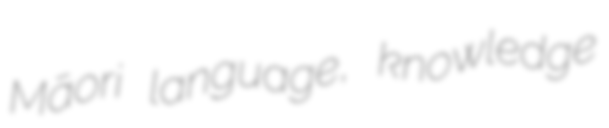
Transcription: Māori language, knowledge